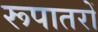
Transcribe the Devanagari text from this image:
रूपातरों